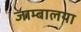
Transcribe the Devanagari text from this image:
जाम्बालया